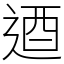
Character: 逎